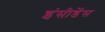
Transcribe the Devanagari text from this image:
इंसीडेंस